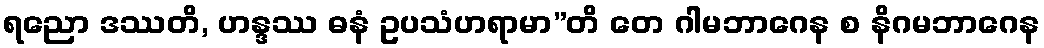
ရညော ဒဿတိ, ဟန္ဒဿ ဓနံ ဥပသံဟရာမာ”တိ တေ ဂါမဘာဂေန စ နိဂမဘာဂေန